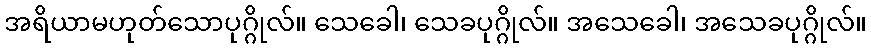
အရိယာမဟုတ်သောပုဂ္ဂိုလ်။ သေခေါ၊ သေခပုဂ္ဂိုလ်။ အသေခေါ၊ အသေခပုဂ္ဂိုလ်။